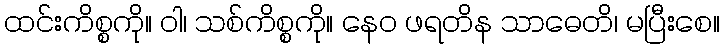
ထင်းကိစ္စကို။ ဝါ၊ သစ်ကိစ္စကို။ နေဝ ဖရတိန သာဓေတိ၊ မပြီးစေ။